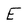
Character: E